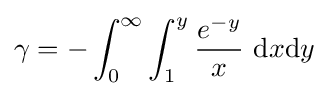
\gamma =-\int _{0}^{\infty }\int _{1}^{y}{\frac {e^{-y}}{x}}\ \mathrm {d} x\mathrm {d} y